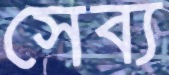
সেব্য